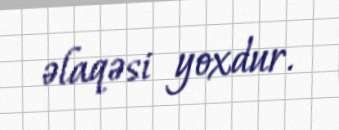
əlaqəsi yoxdur.